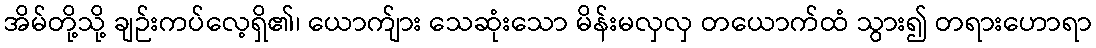
အိမ်တို့သို့ ချဉ်းကပ်လေ့ရှိ၏၊ ယောက်ျား သေဆုံးသော မိန်းမလှလှ တယောက်ထံ သွား၍ တရားဟောရာ